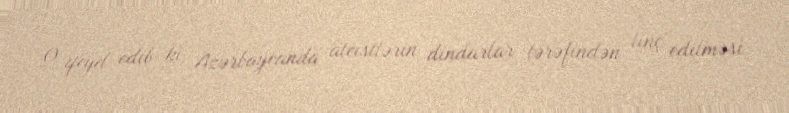
O qeyd edib ki, Azərbaycanda ateistlərin dindarlar tərəfindən linç edilməsi